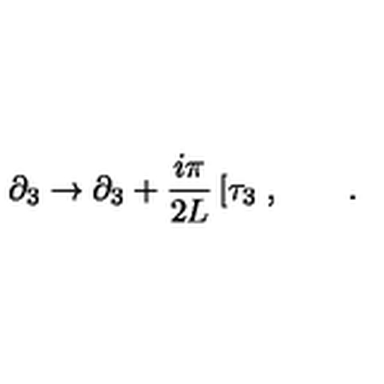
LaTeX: \partial _ { 3 } \rightarrow \partial _ { 3 } + \frac { i \pi } { 2 L } \left[ \tau _ { 3 } \right. , \qquad .